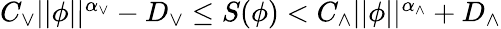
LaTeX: \begin{array}{r}{C_{\vee}\vert\vert\phi\vert\vert^{\alpha_{\vee}}-D_{\vee}\leq S(\phi)<C_{\wedge}\vert\vert\phi\vert\vert^{\alpha_{\wedge}}+D_{\wedge}}\end{array}